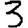
Digit: 3